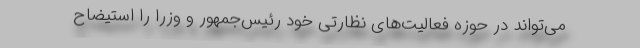
می‌تواند در حوزه فعالیت‌های نظارتی خود رئیس‌جمهور و وزرا را استیضاح